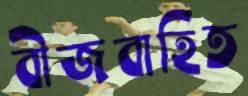
বীজবাহিত